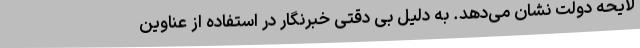
لایحه دولت نشان می‌دهد. به دلیل بی دقتی خبرنگار در استفاده از عناوین